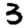
Digit: 3